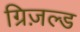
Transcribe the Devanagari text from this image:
ग्रिज़ल्ड